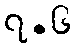
၇.၆